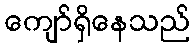
ကျော်ရှိနေသည်